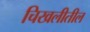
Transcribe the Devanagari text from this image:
चिखलीतील